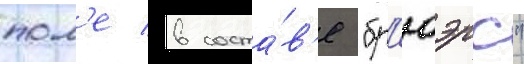
пол'е в соста́в'е "бр'юэрс"